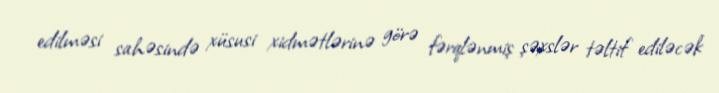
edilməsi sahəsində xüsusi xidmətlərinə görə fərqlənmiş şəxslər təltif ediləcək